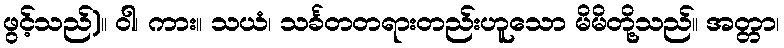
ဖွင့်သည်)။ ဝါ၊ ကား။ သယံ၊ သင်္ခတတရားတည်းဟူသော မိမိတို့သည်။ အတ္တာ၊